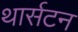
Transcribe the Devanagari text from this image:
थार्सटन